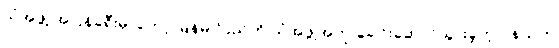
သံအဖွဲ့ အပြန်ခရီးမှာတော့ မြန်မာပြည်ကို သံအဖွဲ့အတု ခေါင်းဆောင်သွားခဲ့တဲ့ ဝနယ်က